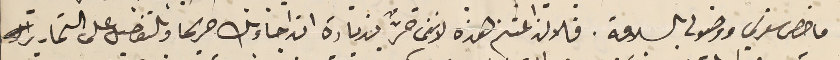
ما خص سفرتي ووصولى بالسلامة. فلان اغتنم هذه لاننى حرٌّ بزيادة ان اجاوبك بالتفصيل على التحارير